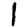
Digit: 1